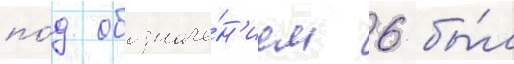
по́д обозначе́н'ием 6 бы́л